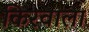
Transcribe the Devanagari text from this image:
किरवाला